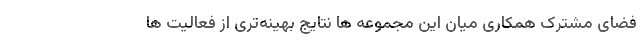
فضای مشترک همکاری میان این مجموعه ها نتایج بهینه‌تری از فعالیت ها